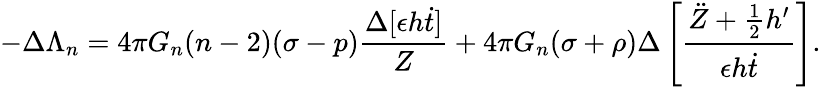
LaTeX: -\Delta\Lambda_{n}=4\pi G_{n}(n-2)(\sigma-p)\frac{\Delta[\epsilon h\dot{t}]}{Z}+4\pi G_{n}(\sigma+\rho)\Delta\left[\frac{\ddot{Z}+\frac{1}{2}h^{\prime}}{\epsilon h\dot{t}}\right].